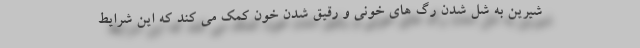
شیرین به شل شدن رگ های خونی و رقیق شدن خون کمک می کند که این شرایط